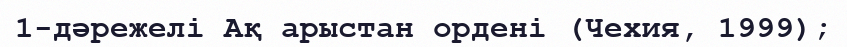
1-дәрежелі Ақ арыстан ордені (Чехия, 1999);